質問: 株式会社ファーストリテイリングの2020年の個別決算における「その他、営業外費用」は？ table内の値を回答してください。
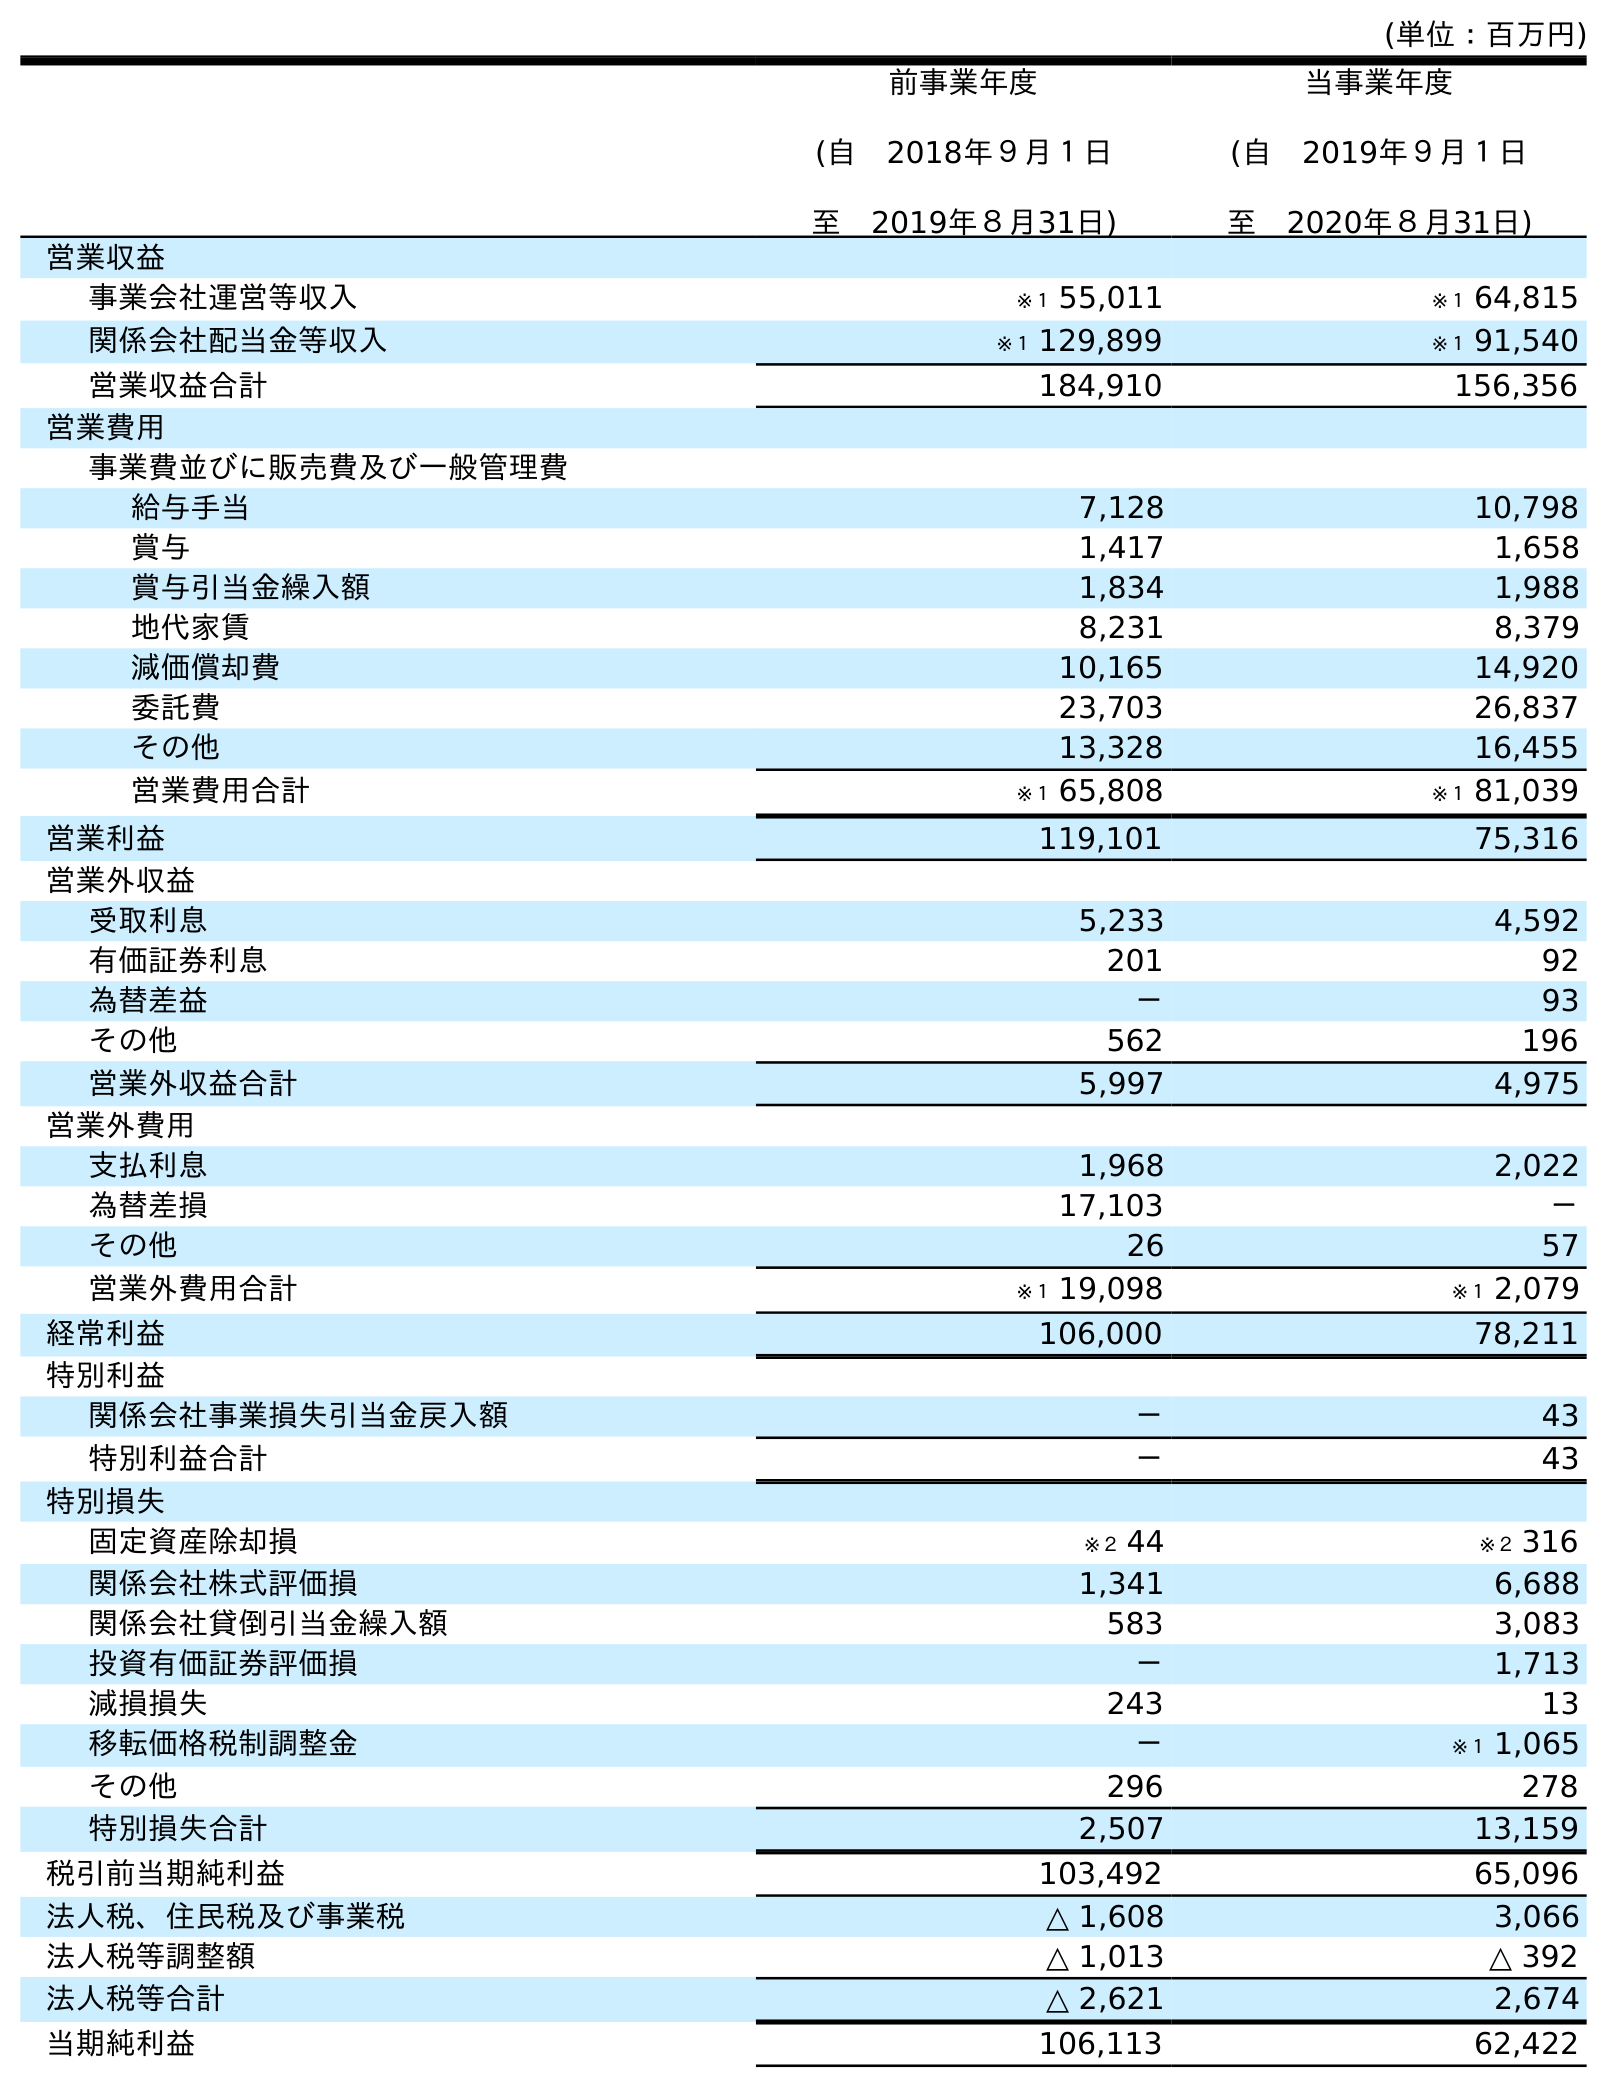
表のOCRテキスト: (単位：百万円) 前事業年度 (自 2018年９月１日 至 2019年８月31日) 当事業年度 (自 2019年９月１日 至 2020年８月31日) 営業収益 事業会社運営等収入 ※１ 55,011 ※１ 64,815 関係会社配当金等収入 ※１ 129,899 ※１ 91,540 営業収益合計 184,910 156,356 営業費用 事業費並びに販売費及び一般管理費 給与手当 7,128 10,798 賞与 1,417 1,658 賞与引当金繰入額 1,834 1,988 地代家賃 8,231 8,379 減価償却費 10,165 14,920 委託費 23,703 26,837 その他 13,328 16,455 営業費用合計 ※１ 65,808 ※１ 81,039 営業利益 119,101 75,316 営業外収益 受取利息 5,233 4,592 有価証券利息 201 92 為替差益 － 93 その他 562 196 営業外収益合計 5,997 4,975 営業外費用 支払利息 1,968 2,022 為替差損 17,103 － その他 26 57 営業外費用合計 ※１ 19,098 ※１ 2,079 経常利益 106,000 78,211 特別利益 関係会社事業損失引当金戻入額 － 43 特別利益合計 － 43 特別損失 固定資産除却損 ※２ 44 ※２ 316 関係会社株式評価損 1,341 6,688 関係会社貸倒引当金繰入額 583 3,083 投資有価証券評価損 － 1,713 減損損失 243 13 移転価格税制調整金 － ※１ 1,065 その他 296 278 特別損失合計 2,507 13,159 税引前当期純利益 103,492 65,096 法人税、住民税及び事業税 △ 1,608 3,066 法人税等調整額 △ 1,013 △ 392 法人税等合計 △ 2,621 2,674 当期純利益 106,113 62,422
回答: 57